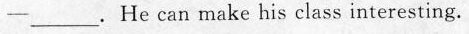
-_.He can make his class interesting.